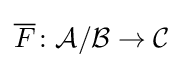
{\overline {F}}\colon {\mathcal {A}}/{\mathcal {B}}\to {\mathcal {C}}